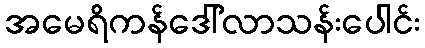
အမေရိကန်ဒေါ်လာသန်းပေါင်း